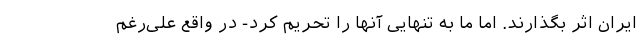
ایران اثر بگذارند. اما ما به تنهایی آنها را تحریم کرد- در واقع علی‌رغم